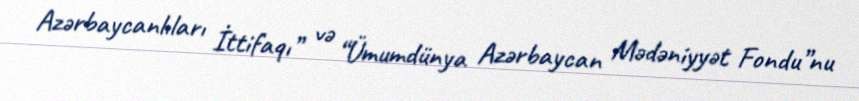
Azərbaycanlıları İttifaqı” və “Ümumdünya Azərbaycan Mədəniyyət Fondu”nu